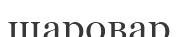
шаровар